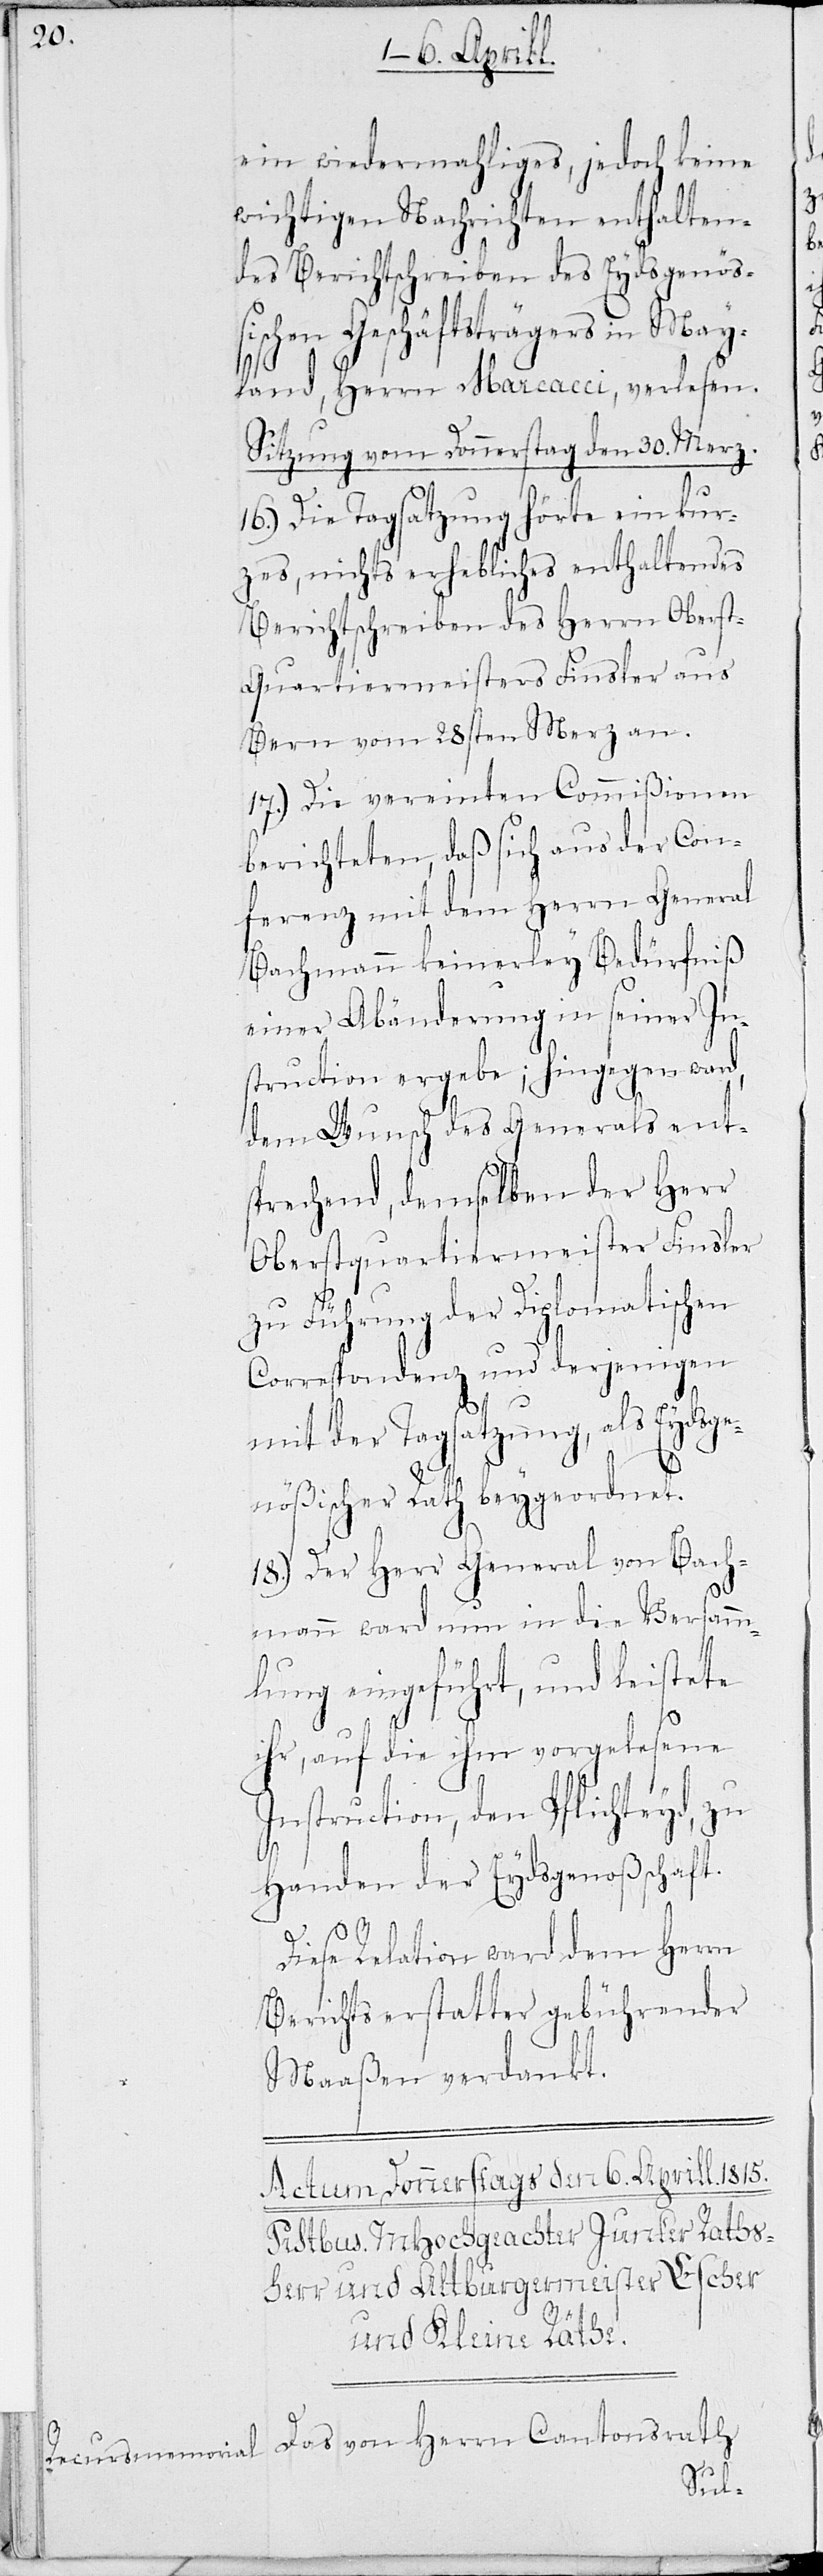
ein wiedermahliges, jedoch keine
wichtigen Nachrichten enthalten¬
des Berichtschreiben des Eydsgenöß¬
ischen Geschäftsträgers in May¬
land, Herrn Marcacci, verlesen.
Sitzung vom Donnerstag den 30. Merz.
16.) Die Tagsatzung hörte ein kur¬
zes, nichts erhebliches enthaltendes
Berichtschreiben des Herrn Oberst-Q¬
uartiermeisters Finsler aus
Bern vom 28sten Merz an.
17.) Die vereinten Commißionen
berichteten, daß sich aus der Con¬
ferenz mit dem Herrn General
Bachmann keinerley Bedürfniß
einer Abänderung in seiner In¬
struction ergebe; hingegen ward,
dem Wunsch des Generals ent¬
sprechend, demselben der Herr
Oberstquartiermeister Finsler
zu Führung der Diplomatischen
Correspondenz und derjenigen
mit der Tagsatzung, als Eydsge¬
nößischer Rath beygeordnet.
18.) Der Herr General von Bach¬
mann ward nun in die Versamm¬
lung eingeführt, und leistete
ihr, auf die ihm vorgelesene
Instruction, den Pflichteyd, zu
Handen der Eydsgenoßenschaft.
Diese Relation ward dem Herrn
Berichtserstatter gebührender
Maaßen verdankt.
Das von Herrn Cantonsrath